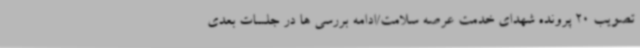
تصویب 20 پرونده شهدای خدمت عرصه سلامت/ادامه بررسی ها در جلسات بعدی